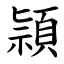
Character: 頴